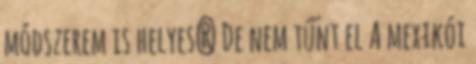
módszerem is helyes? De nem tűnt el A mexikói